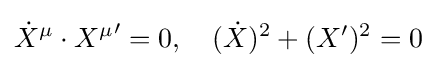
{\dot {X}}^{\mu }\cdot {X^{\mu }}'=0,\quad ({\dot {X}})^{2}+(X')^{2}=0